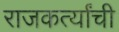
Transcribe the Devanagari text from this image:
राजकर्त्यांची